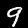
Digit: 9